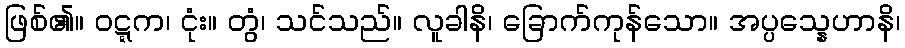
ဖြစ်၏။ ဝဋ္ဋက၊ ငုံး။ တွံ၊ သင်သည်။ လူခါနိ၊ ခြောက်ကုန်သော။ အပ္ပသ္နေဟာနိ၊